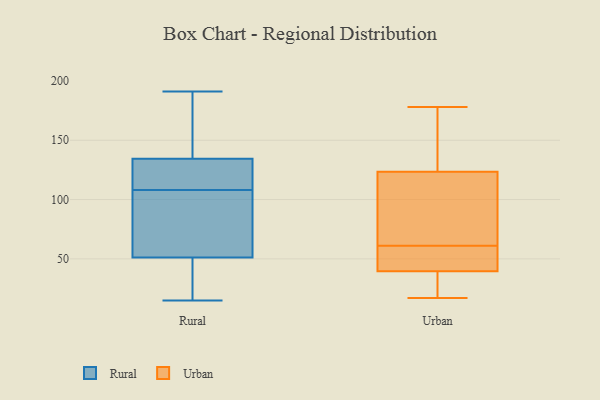
{"axis": {"x": "Budget (USD K)", "y": "Value"}, "legend": ["Rural", "Urban"], "data": [{"x": "", "y": 94, "type": "Rural"}, {"x": "", "y": 130, "type": "Rural"}, {"x": "", "y": 171, "type": "Rural"}, {"x": "", "y": 178, "type": "Rural"}, {"x": "", "y": 41, "type": "Rural"}, {"x": "", "y": 191, "type": "Rural"}, {"x": "", "y": 108, "type": "Rural"}, {"x": "", "y": 49, "type": "Rural"}, {"x": "", "y": 58, "type": "Rural"}, {"x": "", "y": 116, "type": "Rural"}, {"x": "", "y": 136, "type": "Rural"}, {"x": "", "y": 16, "type": "Rural"}, {"x": "", "y": 15, "type": "Rural"}, {"x": "", "y": 75, "type": "Rural"}, {"x": "", "y": 119, "type": "Rural"}, {"x": "", "y": 50, "type": "Urban"}, {"x": "", "y": 60, "type": "Urban"}, {"x": "", "y": 18, "type": "Urban"}, {"x": "", "y": 17, "type": "Urban"}, {"x": "", "y": 153, "type": "Urban"}, {"x": "", "y": 98, "type": "Urban"}, {"x": "", "y": 178, "type": "Urban"}, {"x": "", "y": 92, "type": "Urban"}, {"x": "", "y": 61, "type": "Urban"}, {"x": "", "y": 165, "type": "Urban"}, {"x": "", "y": 132, "type": "Urban"}, {"x": "", "y": 36, "type": "Urban"}, {"x": "", "y": 94, "type": "Urban"}, {"x": "", "y": 36, "type": "Urban"}, {"x": "", "y": 60, "type": "Urban"}]}